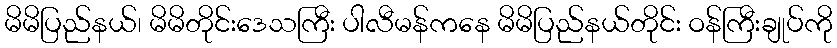
မိမိပြည်နယ်၊ မိမိတိုင်းဒေသကြီး ပါလီမန်ကနေ မိမိပြည်နယ်တိုင်း ဝန်ကြီးချုပ်ကို